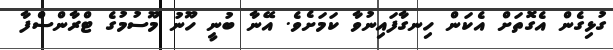
ގުޅިގެން އެގޮތަށް އެކަން ހިނގާފައިނުވާ ކަމަށެވެ. އޭނާ ބުނީ ހޫނު މޫސުމުގެ ޓްރާންސްފާ